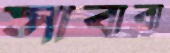
সাবাবা